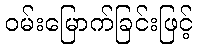
ဝမ်းမြောက်ခြင်းဖြင့်